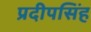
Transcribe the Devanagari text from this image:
प्रदीपसिंह